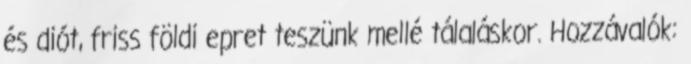
és diót, friss földi epret teszünk mellé tálaláskor. Hozzávalók: